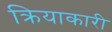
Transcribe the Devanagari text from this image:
क्रियाकारी